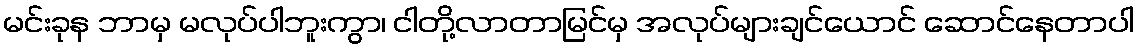
မင်းခုန ဘာမှ မလုပ်ပါဘူးကွာ၊ ငါတို့လာတာမြင်မှ အလုပ်များချင်ယောင် ဆောင်နေတာပါ